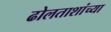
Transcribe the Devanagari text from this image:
ढोलताशांच्या